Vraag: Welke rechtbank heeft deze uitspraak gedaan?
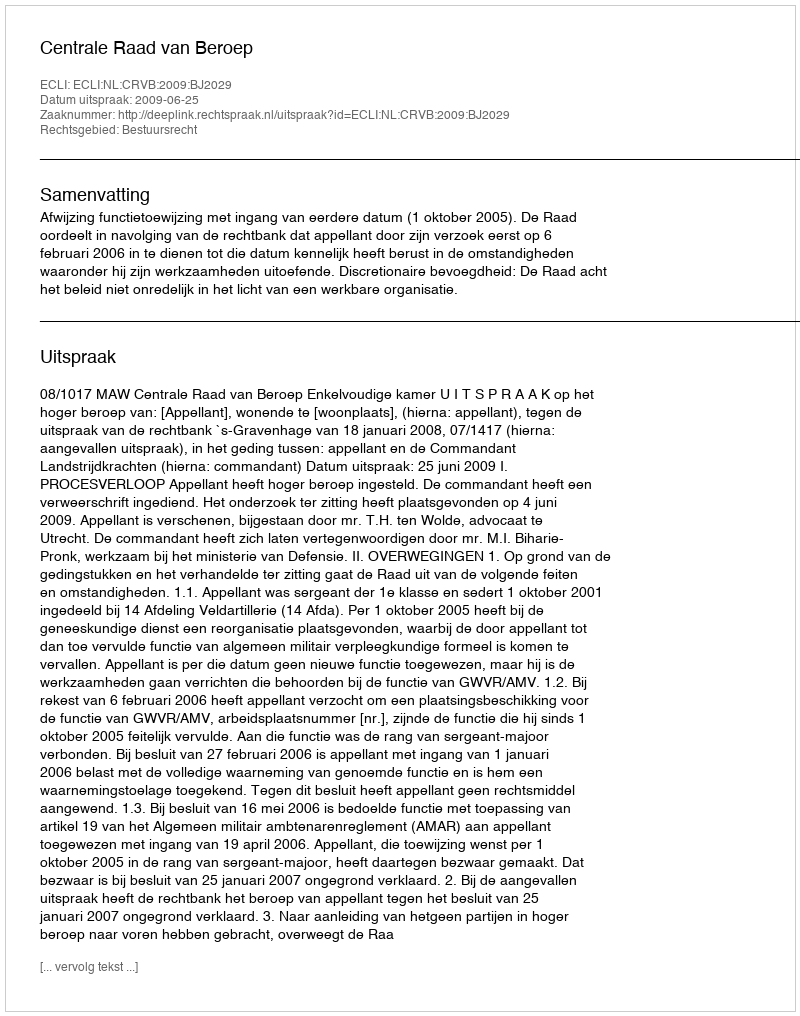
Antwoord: Centrale Raad van Beroep